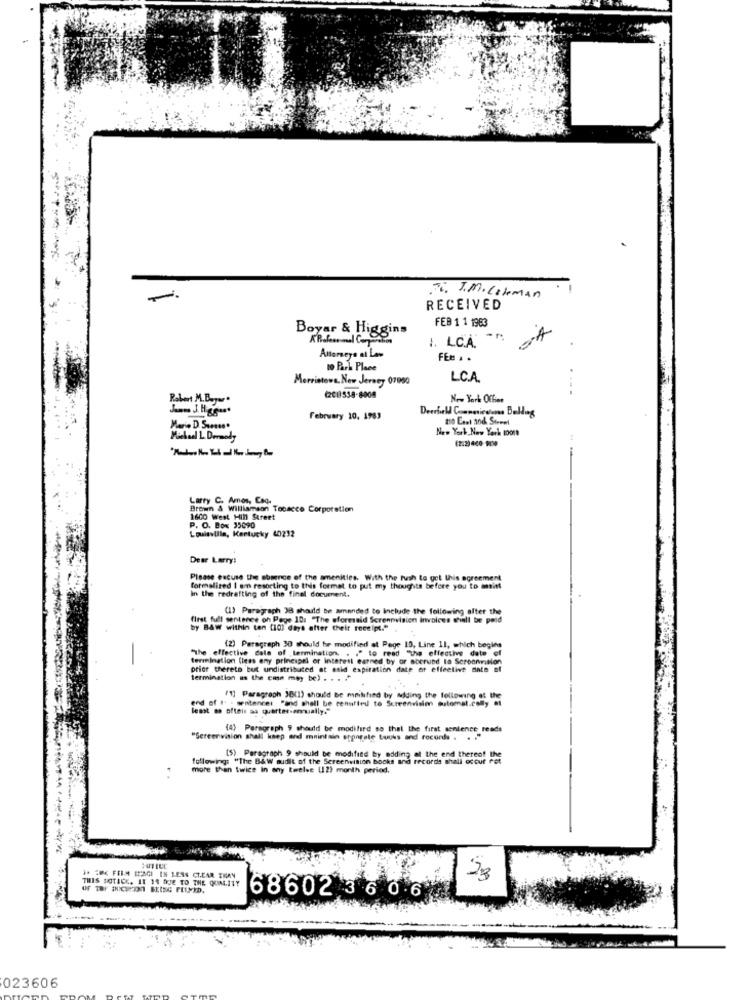
J. J.M. Lokman
RECEIVED
FEB 1 1 1963
Boyar & Higgins
1. LC.A.
Attorneye at Los
FEM . .
o Park Place
Merrietowa. New Jersey 07950
LCA
Robert M.B ...
(201558-6008
February 10, 1769
to East and Street
New York, New York 10011
(2.2) 400 100
.4
Larry C. Amos, Coq.
Brown & Williamson Tobacco Corporation
1600 West Hill Street
P. O. Box 35090
Louisville, Kentucky 40212
Dear Larry:
Please excuse the sbaprice of the amenities. With the Push to got this agreement
formalized I am resorting to this format to put my thoughts before you to amint
In the redrafting of the final document.
(1) Paragraph 38 should be amended to Include the following after the
first full sentence on Page 101 "The aforesaid Screenvision invoices shall be paid
by Baw within ton (10) days after their receipt."
"the effective date of termination. . . " to read "the effective date of
(2) Paragraph 38 should be modified at Page 10, Line 11, which begles
termination (less any principal or interest earned by or aberund to Seroomition
price thereto but undistributed at esid expiration date or effective date of
termination as the cma moy be) . . . .
end of It . senitences "and shall be cenulied to Screenvisins automat.colly at
(1] Paragraph JB(1) should Be mahfind by adding the following of the
lesst mo ofteis aa quarter-amually."
(4) Paragraph # should be modified so that the first sentence reads
"Sereervision shall kaep and maintain opporale bucks and records . ..
following: "The B&W audit of the Screenvision bocks and records shall occur fot
(5) Paragraph 9 should be modified by adding at the end thereof the
more than twice in any twelve (12) month period.
1. 26 FILM IPAGI IN LESS CLEAR ERAN
THIS NOTICE. IL 14 DUE TO THE QUALITY
23
686023606
023606